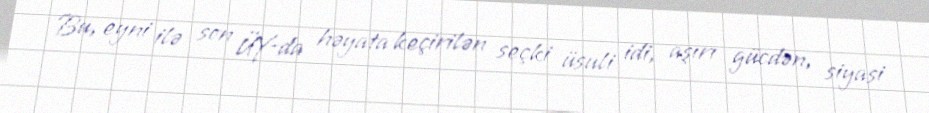
Bu, eyni ilə son ÜY-da həyata keçirilən seçki üsuli idi, aşırı gücdən, siyasi